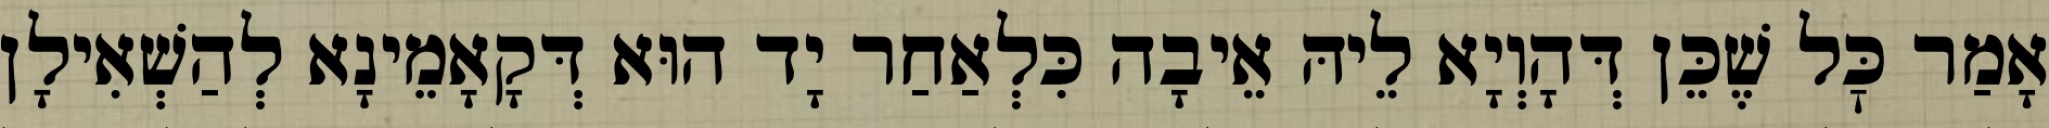
אָמַר כׇּל שֶׁכֵּן דְּהָוְיָא לֵיהּ אֵיבָה כִּלְאַחַר יָד הוּא דְּקָאָמֵינָא לְהַשְׁאִילָן